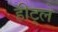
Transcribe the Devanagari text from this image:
हीट्ले